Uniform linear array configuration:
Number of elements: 8
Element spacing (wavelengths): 0.5
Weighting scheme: hamming
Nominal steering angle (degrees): -60
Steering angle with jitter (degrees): -59.129
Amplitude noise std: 0.05
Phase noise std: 0.05

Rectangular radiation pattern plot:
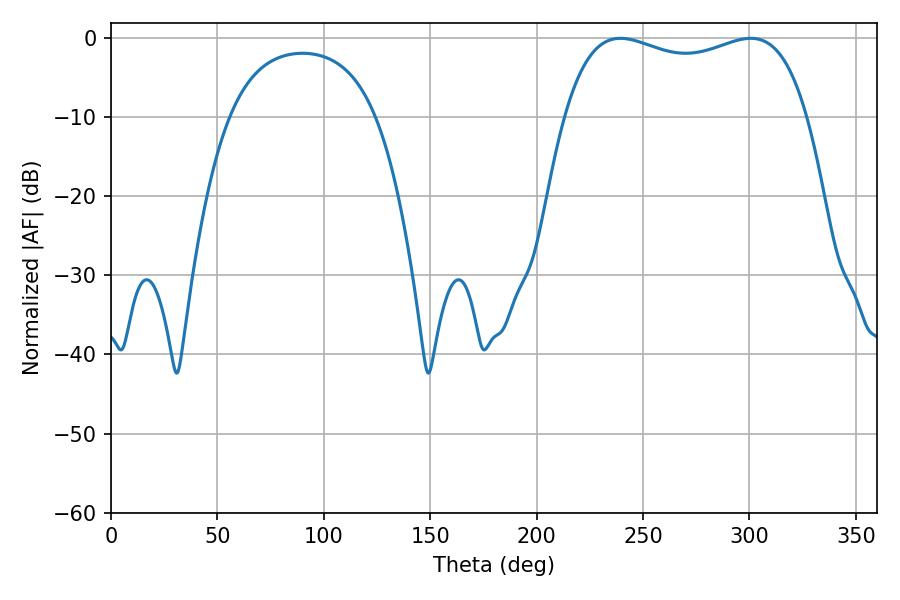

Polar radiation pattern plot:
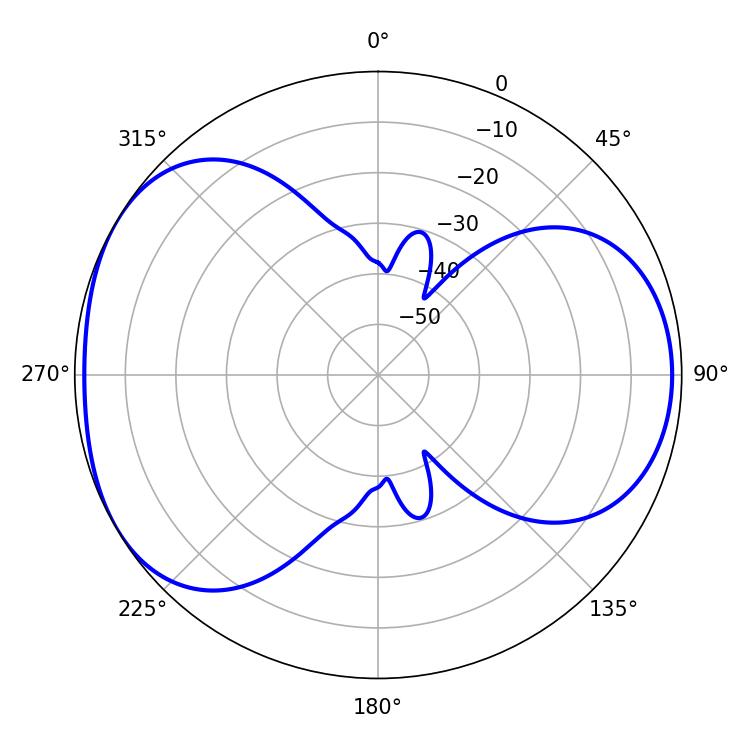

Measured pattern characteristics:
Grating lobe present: FALSE
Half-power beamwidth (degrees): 93.24
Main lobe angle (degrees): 239.4